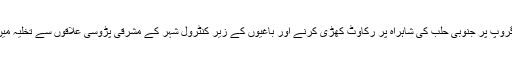
اپوزیشن کارکنوں نے لبنان کے اس گروپ پر جنوبی حلب کی شاہراہ پر رکاوٹ کھڑی کرنے اور باغیوں کے زیر کنٹرول شہر کے مشرقی پڑوسی علاقوں سے تخلیہ میں رکاوٹ ڈالنے کا الزام عائد کیا ہے ۔